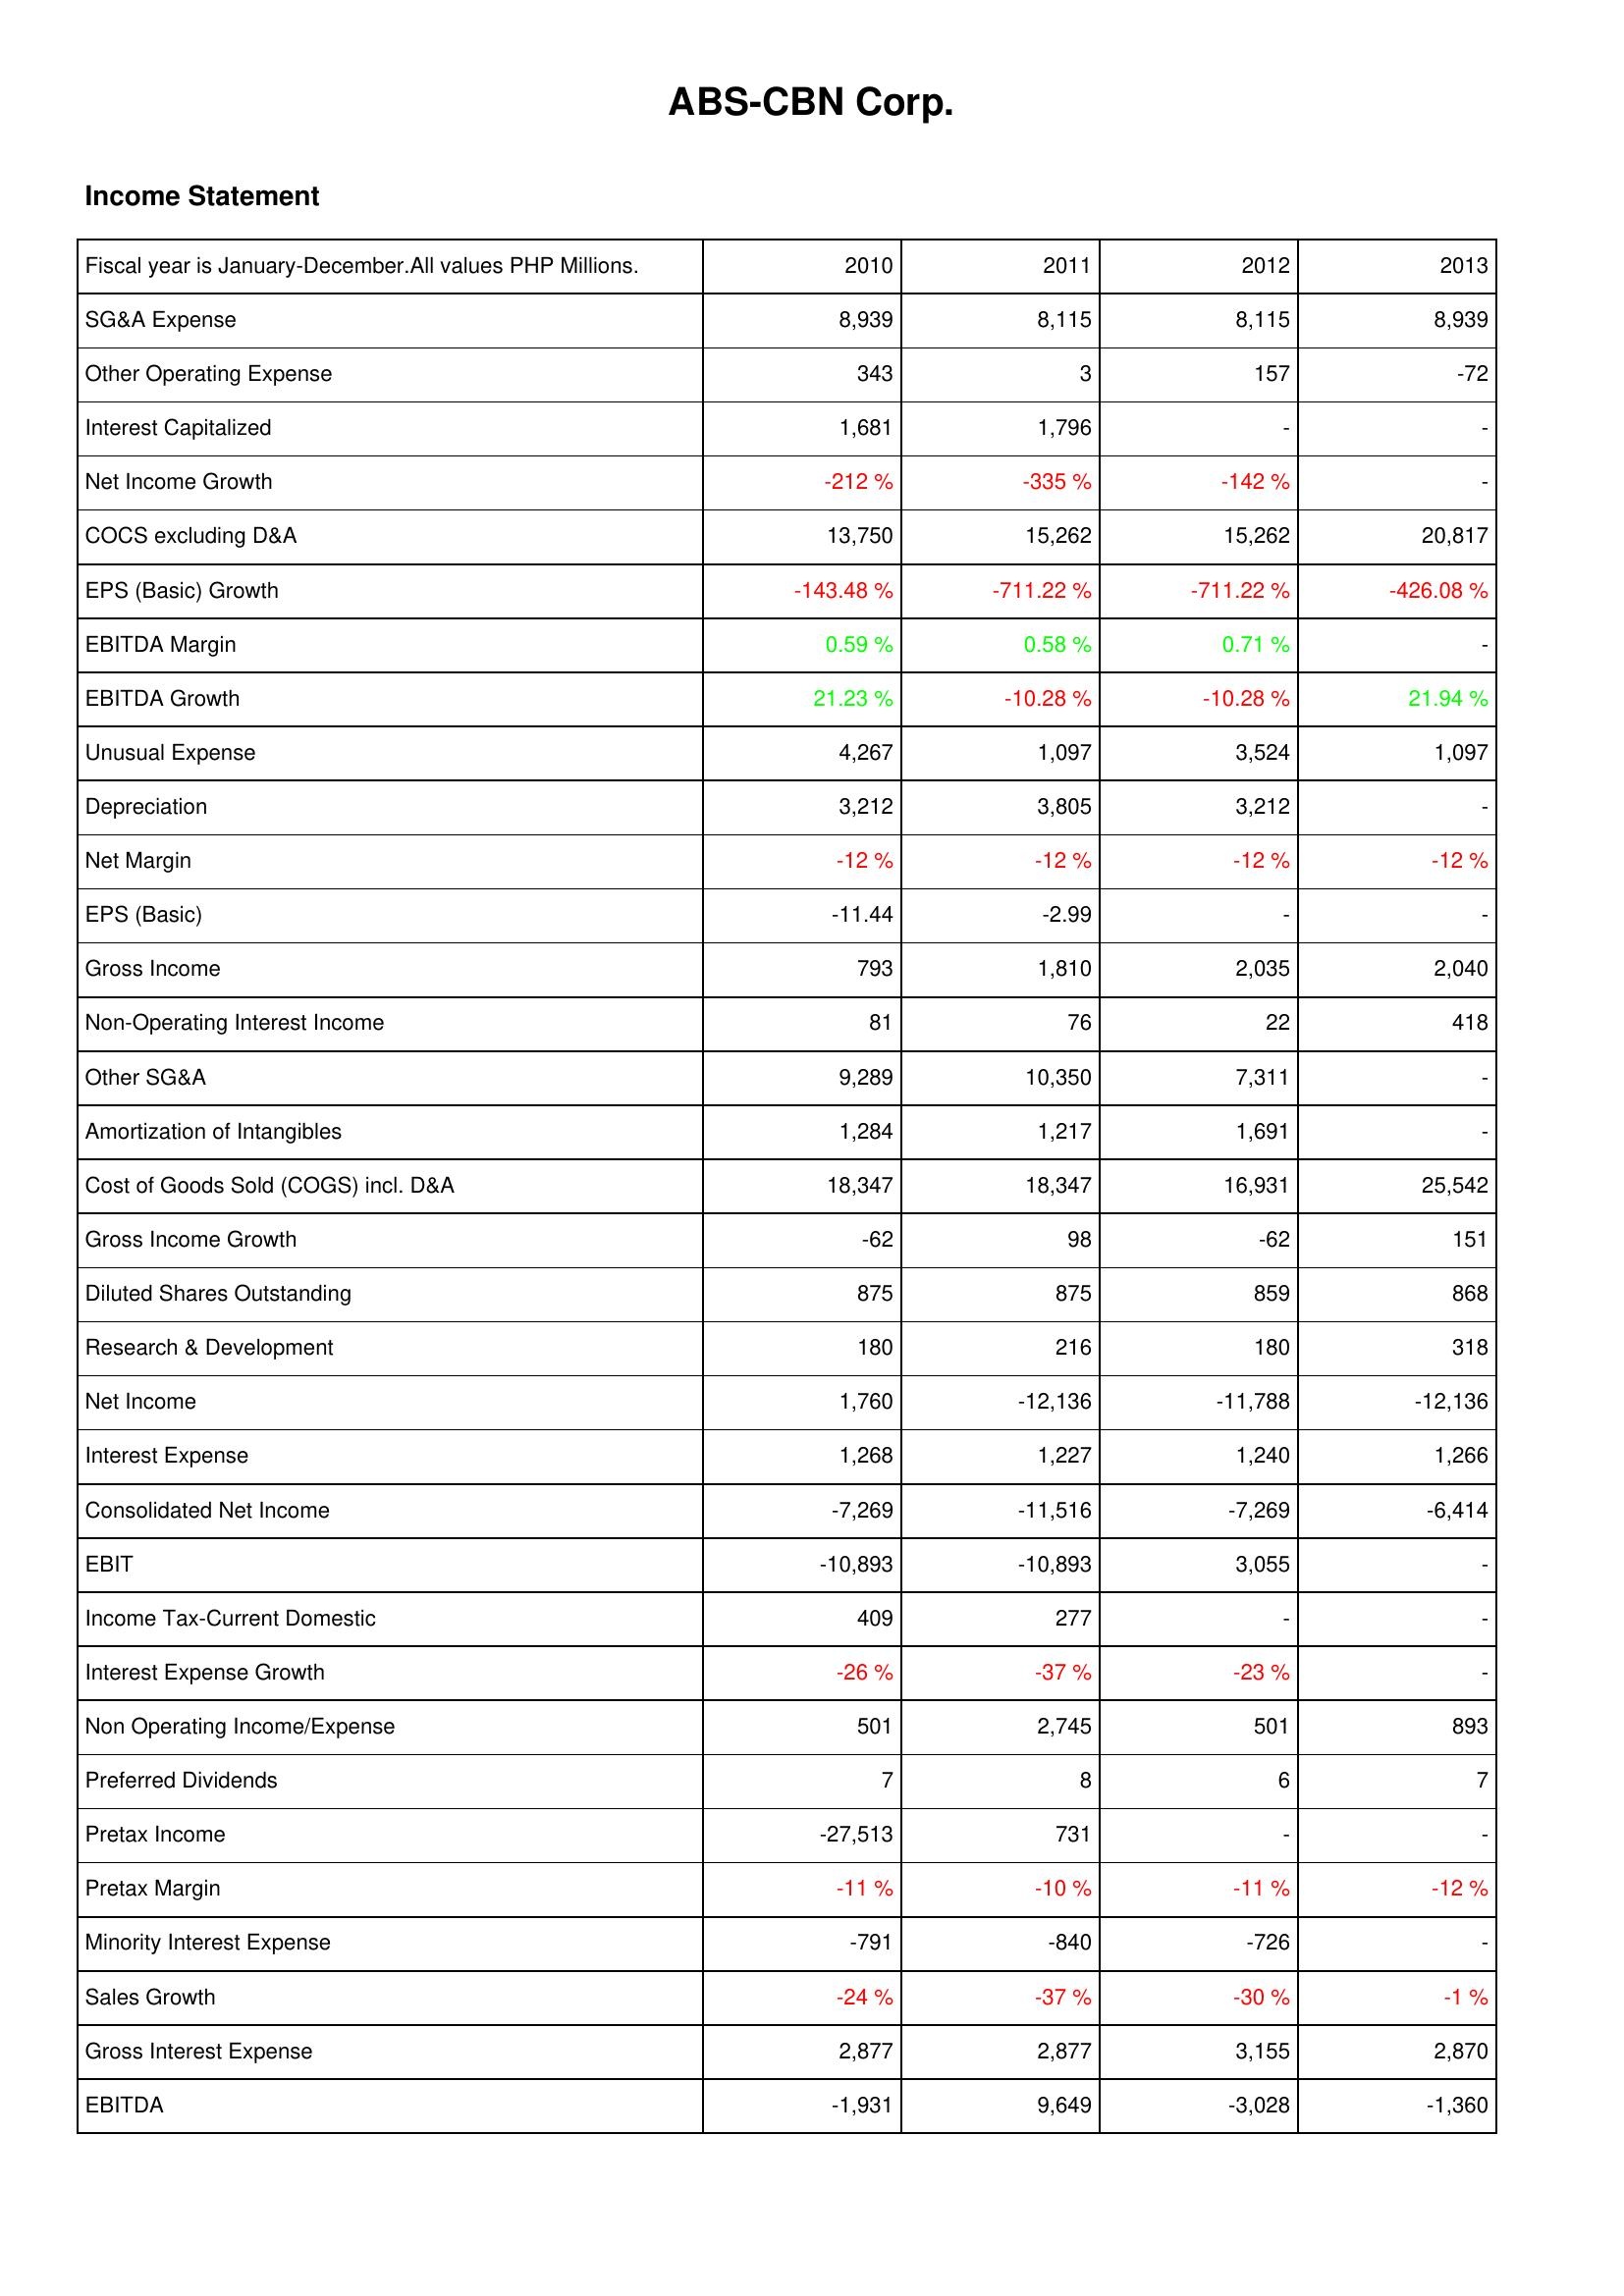
2010: Income Statement: SG&A Expense: 8,939
Other Operating Expense: 343
Interest Capitalized: 1,681
Net Income Growth: -212 %
COCS excluding D&A: 13,750
EPS (Basic) Growth: -143.48 %
EBITDA Margin: 0.59 %
EBITDA Growth: 21.23 %
Unusual Expense: 4,267
Depreciation: 3,212
Net Margin: -12 %
EPS (Basic): -11.44
Gross Income: 793
Non-Operating Interest Income: 81
Other SG&A: 9,289
Amortization of Intangibles: 1,284
Cost of Goods Sold (COGS) incl. D&A: 18,347
Gross Income Growth: -62
Diluted Shares Outstanding: 875
Research & Development: 180
Net Income: 1,760
Interest Expense: 1,268
Consolidated Net Income: -7,269
EBIT: -10,893
Income Tax-Current Domestic: 409
Interest Expense Growth: -26 %
Non Operating Income/Expense: 501
Preferred Dividends: 7
Pretax Income: -27,513
Pretax Margin: -11 %
Minority Interest Expense: -791
Sales Growth: -24 %
Gross Interest Expense: 2,877
EBITDA: -1,931
2011: Income Statement: SG&A Expense: 8,115
Other Operating Expense: 3
Interest Capitalized: 1,796
Net Income Growth: -335 %
COCS excluding D&A: 15,262
EPS (Basic) Growth: -711.22 %
EBITDA Margin: 0.58 %
EBITDA Growth: -10.28 %
Unusual Expense: 1,097
Depreciation: 3,805
Net Margin: -12 %
EPS (Basic): -2.99
Gross Income: 1,810
Non-Operating Interest Income: 76
Other SG&A: 10,350
Amortization of Intangibles: 1,217
Cost of Goods Sold (COGS) incl. D&A: 18,347
Gross Income Growth: 98
Diluted Shares Outstanding: 875
Research & Development: 216
Net Income: -12,136
Interest Expense: 1,227
Consolidated Net Income: -11,516
EBIT: -10,893
Income Tax-Current Domestic: 277
Interest Expense Growth: -37 %
Non Operating Income/Expense: 2,745
Preferred Dividends: 8
Pretax Income: 731
Pretax Margin: -10 %
Minority Interest Expense: -840
Sales Growth: -37 %
Gross Interest Expense: 2,877
EBITDA: 9,649
2012: Income Statement: SG&A Expense: 8,115
Other Operating Expense: 157
Interest Capitalized: -
Net Income Growth: -142 %
COCS excluding D&A: 15,262
EPS (Basic) Growth: -711.22 %
EBITDA Margin: 0.71 %
EBITDA Growth: -10.28 %
Unusual Expense: 3,524
Depreciation: 3,212
Net Margin: -12 %
EPS (Basic): -
Gross Income: 2,035
Non-Operating Interest Income: 22
Other SG&A: 7,311
Amortization of Intangibles: 1,691
Cost of Goods Sold (COGS) incl. D&A: 16,931
Gross Income Growth: -62
Diluted Shares Outstanding: 859
Research & Development: 180
Net Income: -11,788
Interest Expense: 1,240
Consolidated Net Income: -7,269
EBIT: 3,055
Income Tax-Current Domestic: -
Interest Expense Growth: -23 %
Non Operating Income/Expense: 501
Preferred Dividends: 6
Pretax Income: -
Pretax Margin: -11 %
Minority Interest Expense: -726
Sales Growth: -30 %
Gross Interest Expense: 3,155
EBITDA: -3,028
2013: Income Statement: SG&A Expense: 8,939
Other Operating Expense: -72
Interest Capitalized: -
Net Income Growth: -
COCS excluding D&A: 20,817
EPS (Basic) Growth: -426.08 %
EBITDA Margin: -
EBITDA Growth: 21.94 %
Unusual Expense: 1,097
Depreciation: -
Net Margin: -12 %
EPS (Basic): -
Gross Income: 2,040
Non-Operating Interest Income: 418
Other SG&A: -
Amortization of Intangibles: -
Cost of Goods Sold (COGS) incl. D&A: 25,542
Gross Income Growth: 151
Diluted Shares Outstanding: 868
Research & Development: 318
Net Income: -12,136
Interest Expense: 1,266
Consolidated Net Income: -6,414
EBIT: -
Income Tax-Current Domestic: -
Interest Expense Growth: -
Non Operating Income/Expense: 893
Preferred Dividends: 7
Pretax Income: -
Pretax Margin: -12 %
Minority Interest Expense: -
Sales Growth: -1 %
Gross Interest Expense: 2,870
EBITDA: -1,360